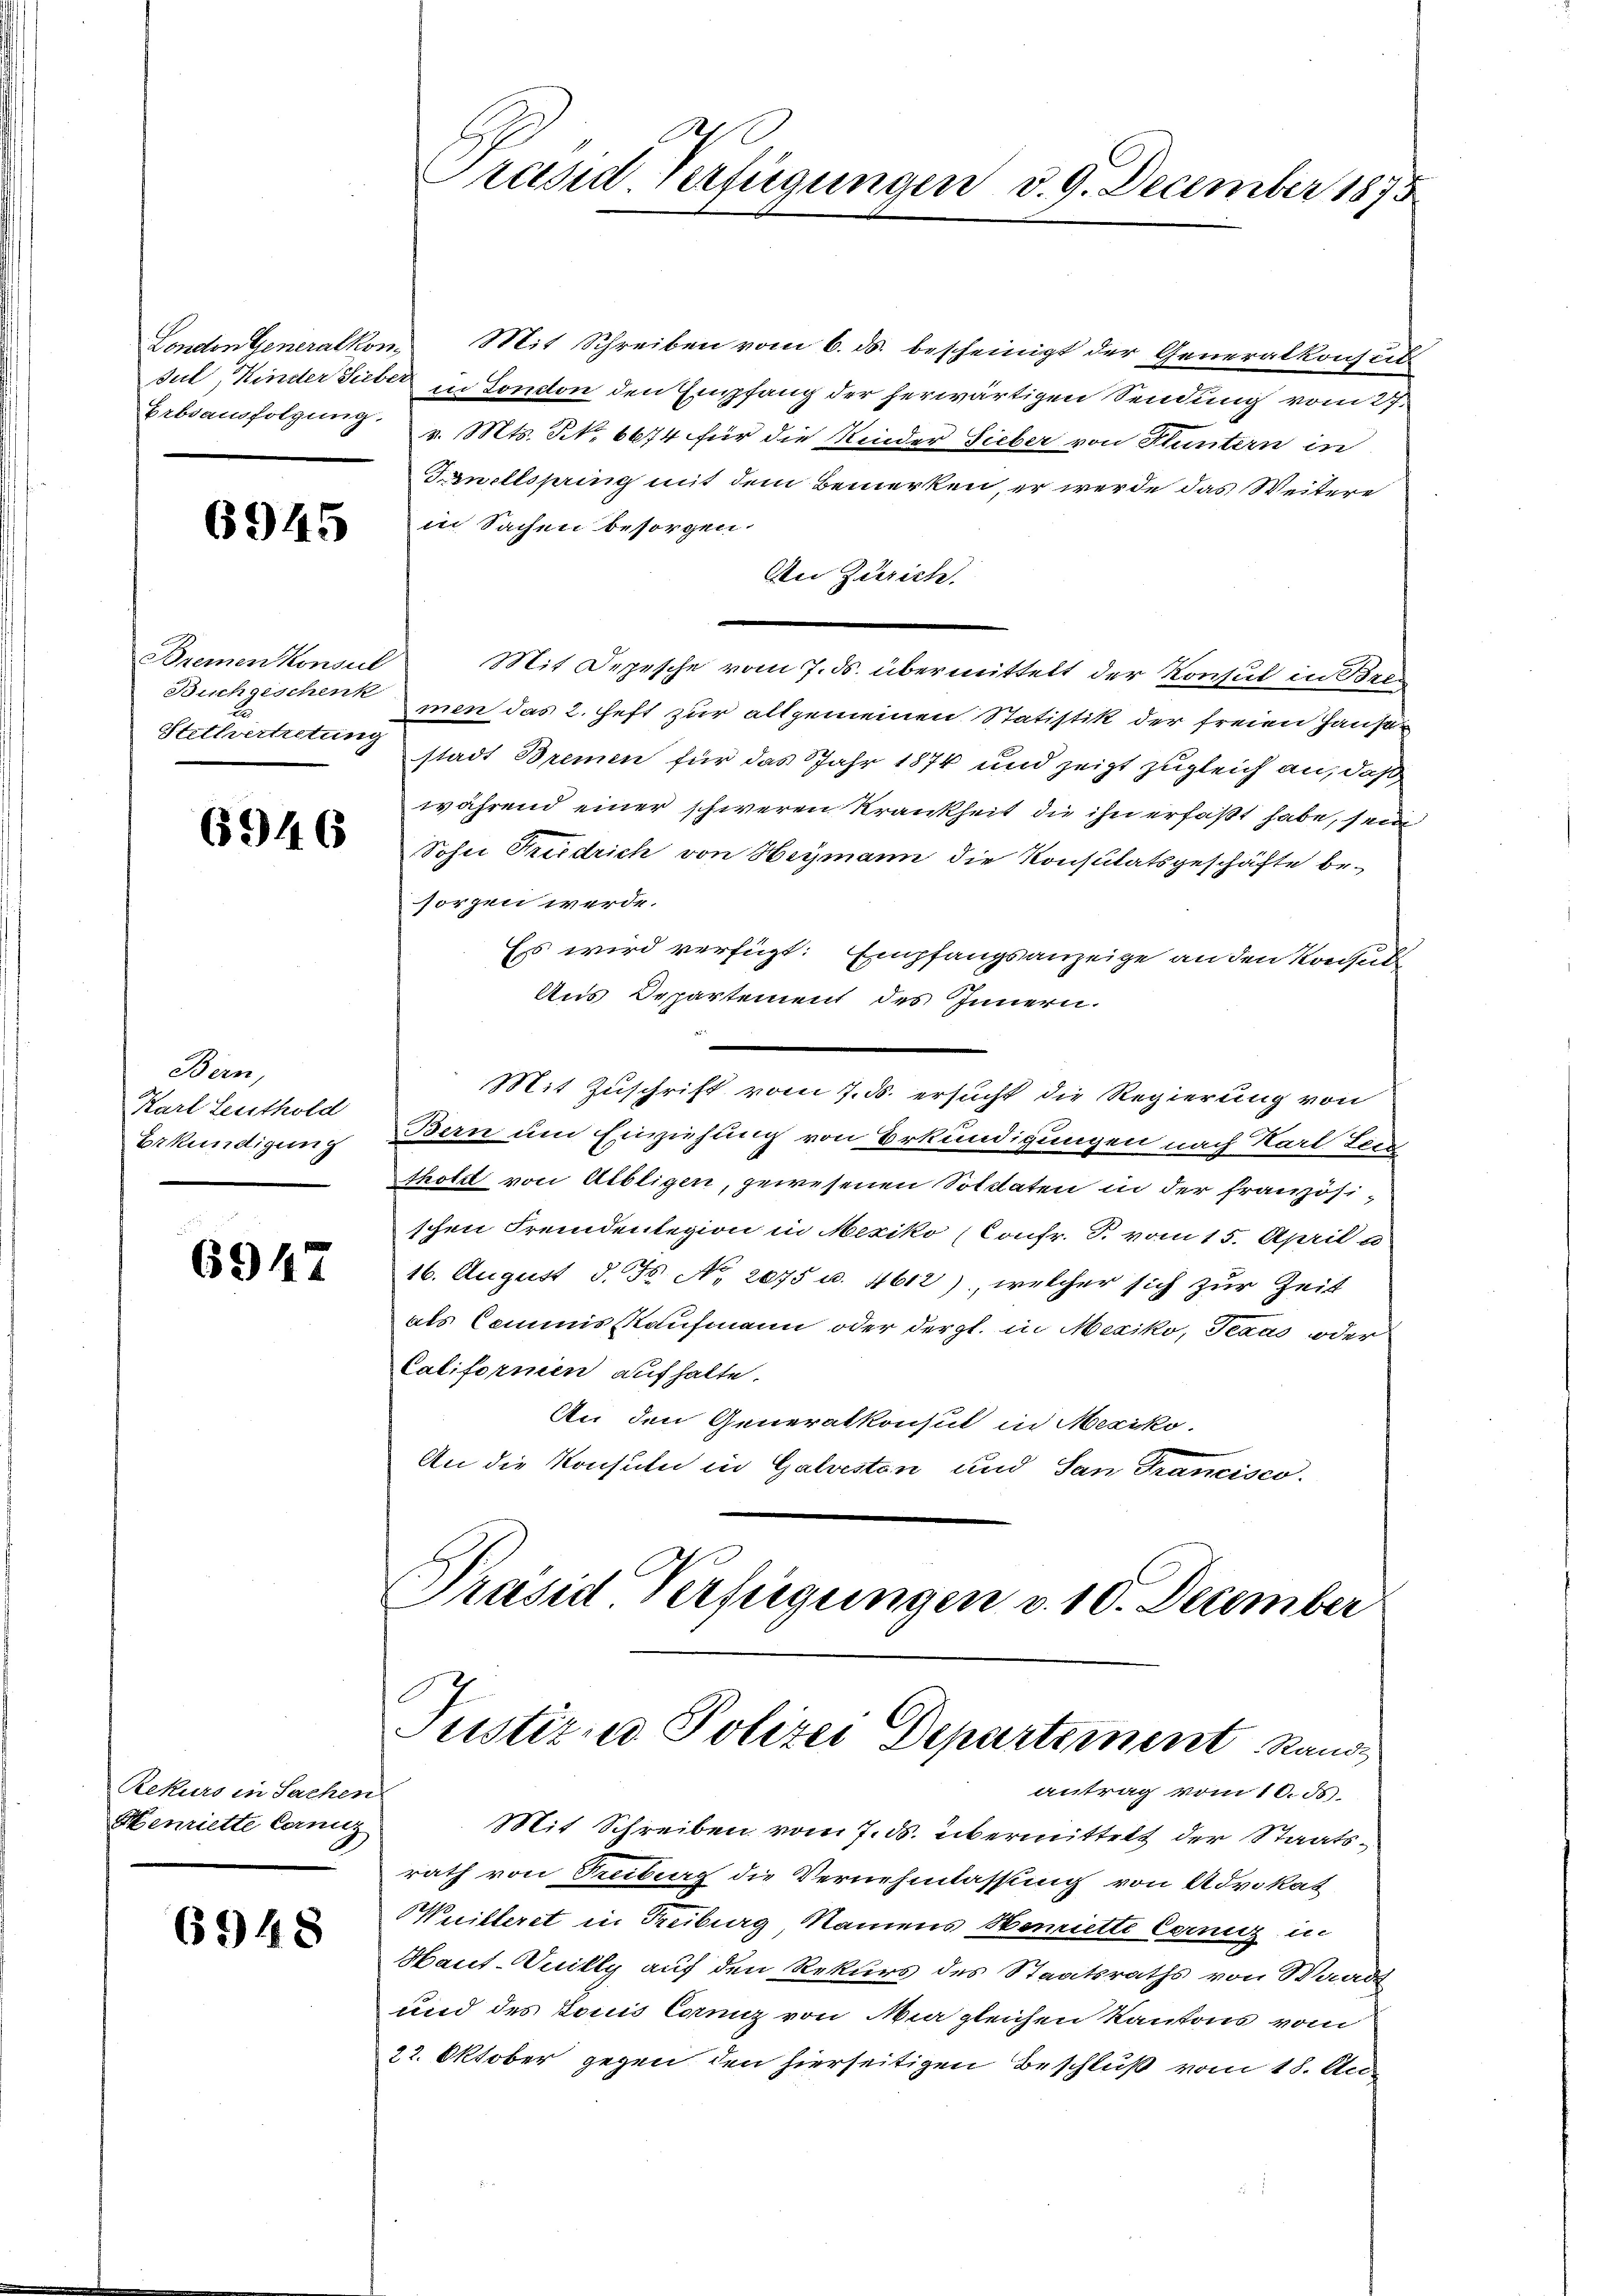
Bremen konsul
Buchgeschenk

6946

Bern,
Karl Leuthold
Bekundigung

6947

Rekurs in Sachen
Henriette Cornig

6948

London Generalkon. Mit Schreiben vom 6. ds. bescheinigt der Generalkonsul
Jul, Kinder Sieber in London den Empfang der herwärtigen Sendung vom 27.
Erbsausfolgung v. Mts. No. 6674 für die Kinder Sieber von Fluntern in
Snellspring mit dem Bemerken, er werde das Weitere
4 in Sachen besorgen.
An Zürich.
Mit Depesche vom 7. ds. übermittelt der Konsul in Bren
men das 2. Heft zur allgemeinen Statistik der freien Hausen
Stellvertretung stadt Bremen für das Jahr 1874 und zeigt zugleich an, daß
während einer schweren Krankheit die ihn erfaßt habe, sein
Sohn Friedrich von Heymann die Konsulatsgeschäfte be-
sorgen werde.
Es wird verfügt: Empfangsanzeige an den Konsul
Aus Departement des Innern.
Mit Zuschrift vom 7. ds. ersucht die Regierung von
Bern um Einziehung von Erkundigungen nach Karl Leid
thold von Aibligen, gewesenen Soldaten in der französischen Fremdenlegion in Mexiko (Confr. T. vom 15. April u
16. August d. Fr. No. 2075 u. 4612), welcher sich zur Zeit
als Commisskaufmann oder dergl. in Mexiko, Teaus oder
Californien aufhalte.
An den Generalkonsul in Mexiko
An die Konsuln in Galvesten und San Francisco
Präsid Verfügungen v. 10. December

Präsid-Verfügungen d. 9. December 1875

Justiz- u Polizei Departement Rand
antrag vom 10. ds.

Mit Schreiben vom 7. ds. übermittelt der Staatsrath von Treiburg die Vernehmlassung von Advokat
uilleret in Freiburg Namens Henriette Cornig in
Haut-Vuilly auf den Rekurs des Staatsraths von Waadt
und des Louis Corni von Meer gleichen Kantons vom
22. Oktober gegen den hierseitigen Beschluß vom 18. Au¬